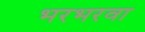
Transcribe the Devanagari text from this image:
भरभरवा